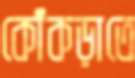
কোঁকড়াতে